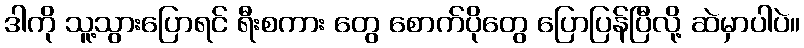
ဒါကို သူ့သွားပြောရင် ရီးစကား တွေ စောက်ပိုတွေ ပြောပြန်ပြီလို့ ဆဲမှာပါပဲ။